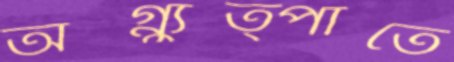
অগ্ন্যুত্পাতে